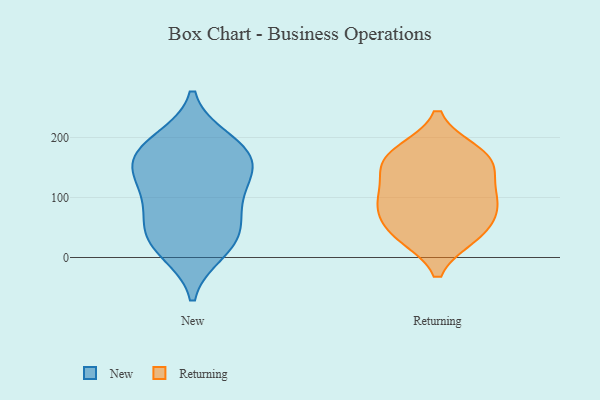
{"axis": {"x": "Churn Rate (%)", "y": "Value"}, "legend": ["New", "Returning"], "data": [{"x": "", "y": 183, "type": "New"}, {"x": "", "y": 194, "type": "New"}, {"x": "", "y": 176, "type": "New"}, {"x": "", "y": 11, "type": "New"}, {"x": "", "y": 148, "type": "New"}, {"x": "", "y": 163, "type": "New"}, {"x": "", "y": 54, "type": "New"}, {"x": "", "y": 32, "type": "New"}, {"x": "", "y": 22, "type": "New"}, {"x": "", "y": 110, "type": "New"}, {"x": "", "y": 67, "type": "New"}, {"x": "", "y": 106, "type": "New"}, {"x": "", "y": 144, "type": "New"}, {"x": "", "y": 176, "type": "Returning"}, {"x": "", "y": 81, "type": "Returning"}, {"x": "", "y": 152, "type": "Returning"}, {"x": "", "y": 37, "type": "Returning"}, {"x": "", "y": 162, "type": "Returning"}, {"x": "", "y": 43, "type": "Returning"}, {"x": "", "y": 137, "type": "Returning"}, {"x": "", "y": 87, "type": "Returning"}, {"x": "", "y": 100, "type": "Returning"}, {"x": "", "y": 174, "type": "Returning"}, {"x": "", "y": 36, "type": "Returning"}, {"x": "", "y": 95, "type": "Returning"}]}